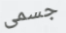
جسمى